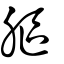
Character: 膒